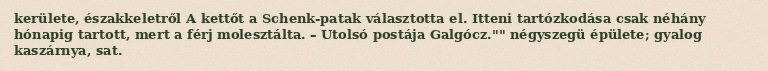
kerülete, északkeletről A kettőt a Schenk-patak választotta el. Itteni tartózkodása csak néhány hónapig tartott, mert a férj molesztálta. – Utolsó postája Galgócz."" négyszegü épülete; gyalog kaszárnya, sat.